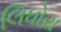
લિધોરા